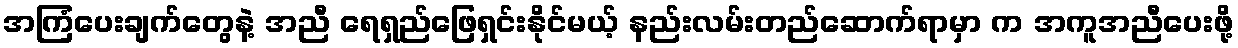
အကြံပေးချက်တွေနဲ့ အညီ ရေရှည်ဖြေရှင်းနိုင်မယ့် နည်းလမ်းတည်ဆောက်ရာမှာ က အကူအညီပေးဖို့